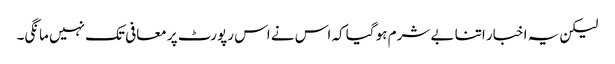
لیکن یہ اخبار اتنا بے شرم ہو گیا کہ اس نے اس رپورٹ پر معافی تک نہیں مانگی۔